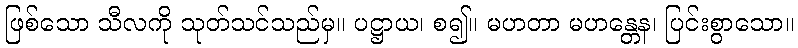
ဖြစ်သော သီလကို သုတ်သင်သည်မှ။ ပဋ္ဌာယ၊ စ၍။ မဟတာ မဟန္တေန၊ ပြင်းစွာသော။